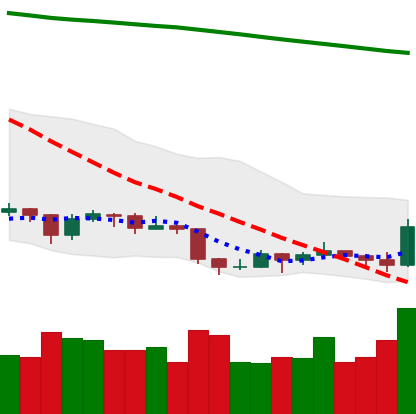
Ticker: EOS-USD
Chart end date: 2019-09-07
Forward return: 4.118%
Label: up_3_5